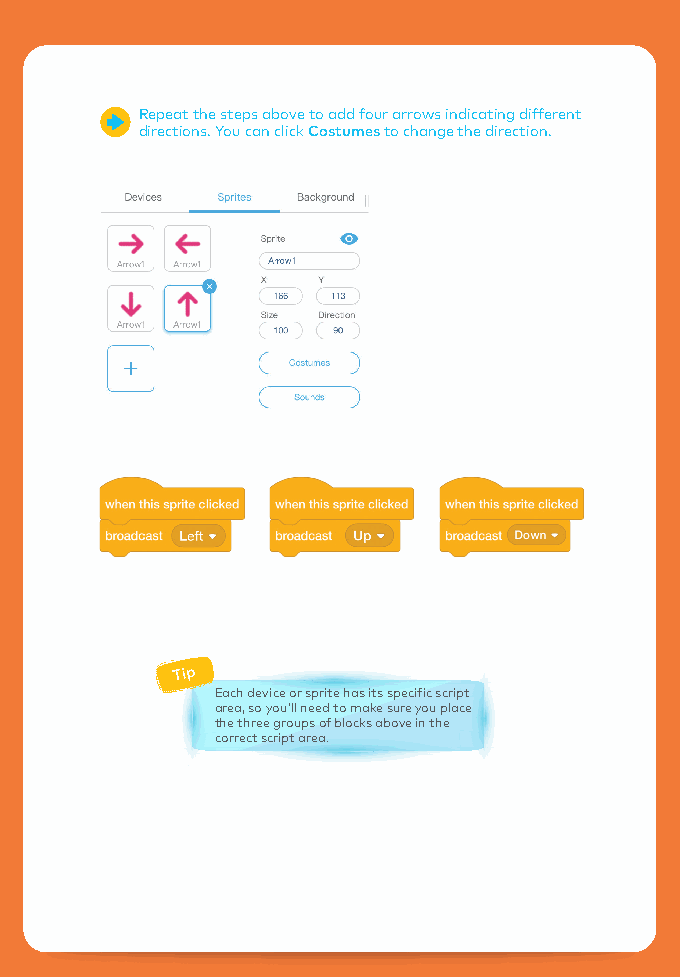
Repeat the steps above to add four arrows indicating different
 directions. You can click Costumes to change the direction.
 Tip
 Each device or sprite has its specific script
 area, so you'll need to make sure you place
 the three groups of blocks above in the
 correct script area.